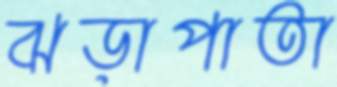
ঝড়াপাতা